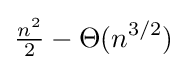
{\tfrac {n^{2}}{2}}-\Theta (n^{3/2})